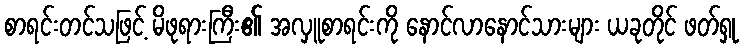
စာရင်းတင်သဖြင့် မိဖုရားကြီး၏ အလှူစာရင်းကို နောင်လာနောင်သားများ ယခုတိုင် ဖတ်ရှု